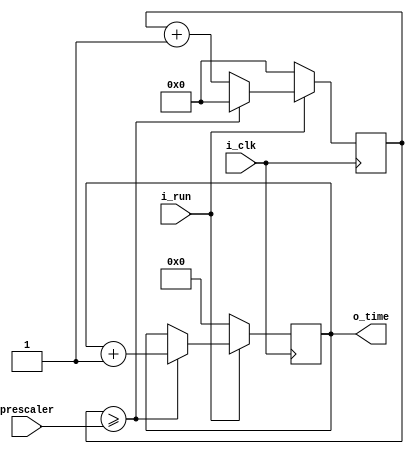
module time_stepper
#(
    parameter TIME_LENGTH = 24
)(
    input i_clk,
    input [31:0] prescaler,
    input i_run,
    output reg [TIME_LENGTH - 1 : 0] o_time
);

reg [31:0] counter = 0;

always @(posedge i_clk)
begin
    if(i_run) begin
        counter <= counter + 1;
        if(counter >= prescaler) begin
            o_time <= o_time + 1;
            counter <= 0;
        end
    end
    else begin
        o_time <= 0;
        counter <= 0;
    end
end

endmodule